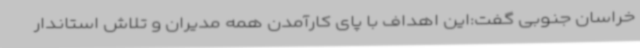
خراسان جنوبی گفت:این اهداف با پای کارآمدن همه مدیران و تلاش استاندار